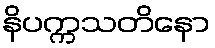
နိပက္ကသတိနော